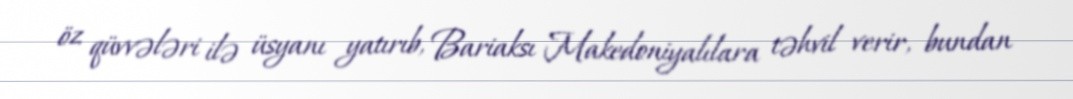
öz qüvvələri ilə üsyanı yatırıb, Bariaksı Makedoniyalılara təhvil verir, bundan